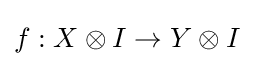
f:X\otimes I\to Y\otimes I